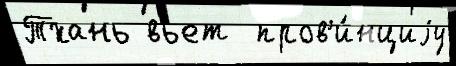
Тхань вьет  пров'и́нциjу